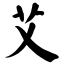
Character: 艾